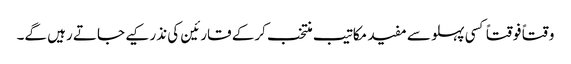
وقتاً فوقتاً کسی پہلو سے مفید مکاتیب منتخب کرکے قارئین کی نذر کیے جاتے رہیں گے۔